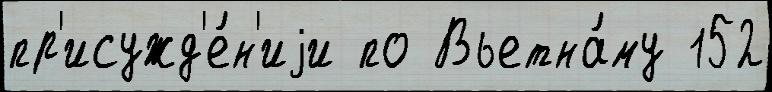
пр'исужд'е́н'иjи по Вьетна́му 152